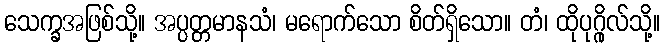
သေက္ခအဖြစ်သို့။ အပ္ပတ္တမာနသံ၊ မရောက်သော စိတ်ရှိသော။ တံ၊ ထိုပုဂ္ဂိုလ်သို့။